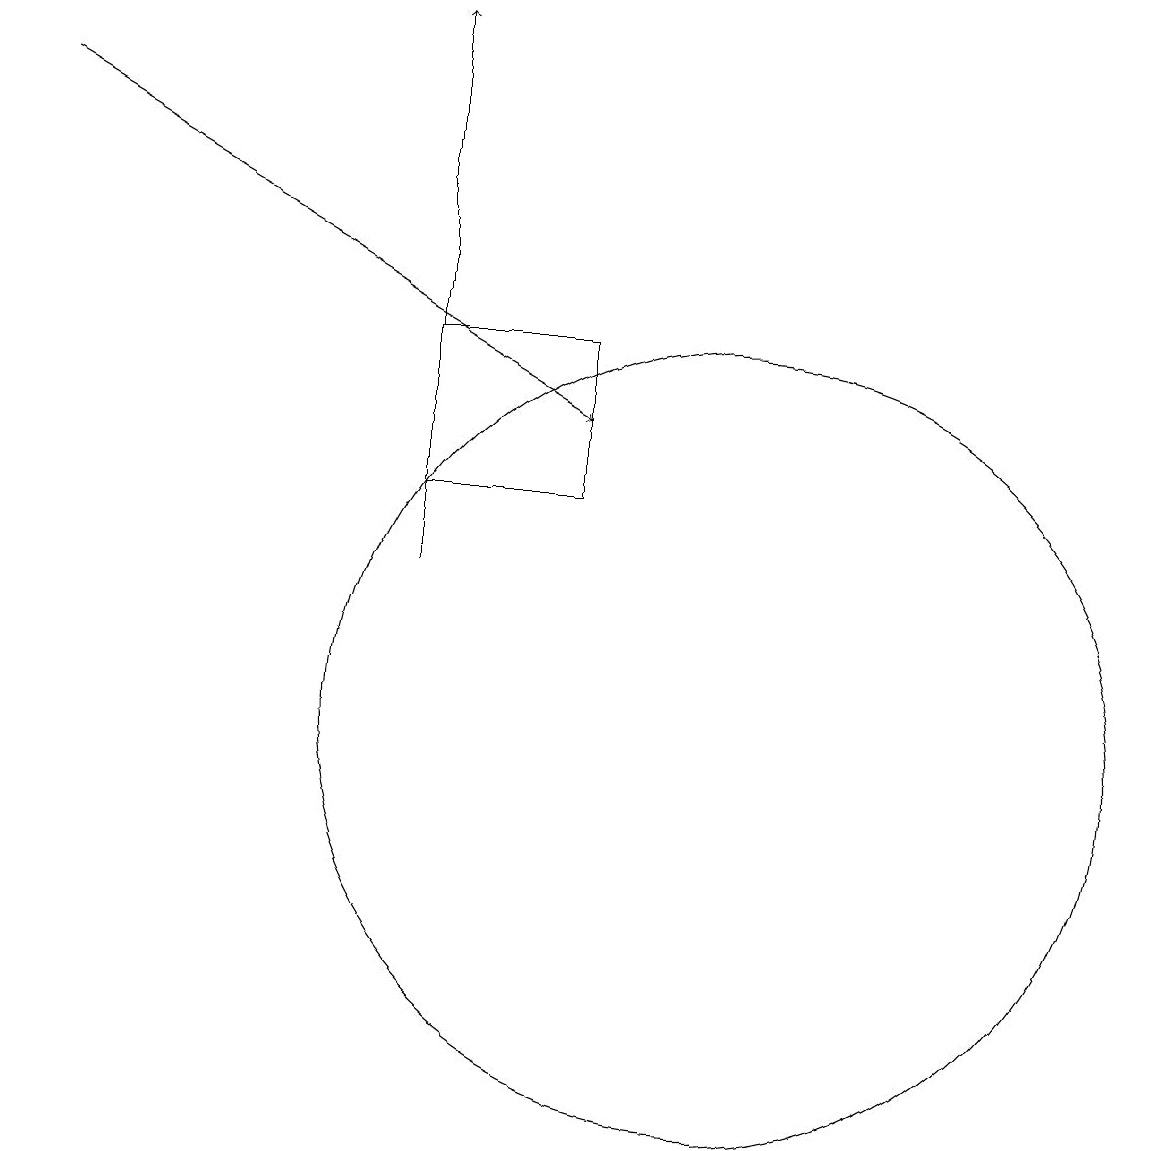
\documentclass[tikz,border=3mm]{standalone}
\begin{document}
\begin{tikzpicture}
\draw[->] (1,18) -- (8,14);
\draw[->] (6,12) -- (6,19);
\draw (10,10) circle (5);
\draw (6,15) rectangle (8,13);
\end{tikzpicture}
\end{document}